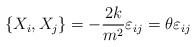
\begin{align*}\left\{ X_i , X_j \right\} = - \frac{2k}{m^2} \varepsilon_{ij} = \theta\varepsilon_{ij}\end{align*}